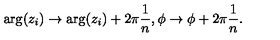
\arg ( z _ { i } ) \to \arg ( z _ { i } ) + 2 \pi \frac 1 n , \phi \to \phi + 2 \pi \frac 1 n .